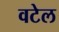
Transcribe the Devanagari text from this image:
वटेल